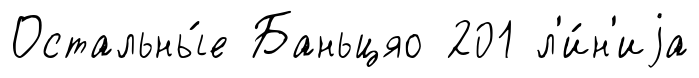
Остальны́е Баньцяо 201 л'и́н'иjа